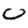
Digit: 0